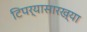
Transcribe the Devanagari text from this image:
टिपर्‍यासारख्या